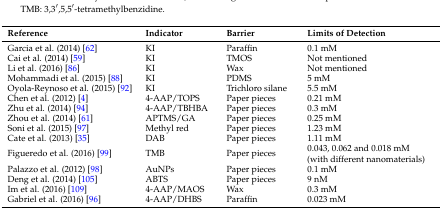
<table><thead><tr><td><b>Reference</b></td><td><b>Indicator</b></td><td><b>Barrier</b></td><td><b>Limits of Detection</b></td></tr></thead><tbody><tr><td>Garcia et al. (2014) [62]</td><td>KI</td><td>Paraffin</td><td>0.1 mM</td></tr><tr><td>Cai et al. (2014) [59]</td><td>KI</td><td>TMOS</td><td>Not mentioned</td></tr><tr><td>Li et al. (2016) [86]</td><td>KI</td><td>Wax</td><td>Not mentioned</td></tr><tr><td>Mohammadi et al. (2015) [88]</td><td>KI</td><td>PDMS</td><td>5 mM</td></tr><tr><td>Oyola-Reynoso et al. (2015) [92]</td><td>KI</td><td>Trichloro silane</td><td>5.5 mM</td></tr><tr><td>Chen et al. (2012) [4]</td><td>4-AAP/TOPS</td><td>Paper pieces</td><td>0.21 mM</td></tr><tr><td>Zhu et al. (2014) [94]</td><td>4-AAP/TBHBA</td><td>Paper pieces</td><td>0.3 mM</td></tr><tr><td>Zhou et al. (2014) [61]</td><td>APTMS/GA</td><td>Paper pieces</td><td>0.25 mM</td></tr><tr><td>Soni et al. (2015) [97]</td><td>Methyl red</td><td>Paper pieces</td><td>1.23 mM</td></tr><tr><td>Cate et al. (2013) [35]</td><td>DAB</td><td>Paper pieces</td><td>1.11 mM</td></tr><tr><td>Figueredo et al. (2016) [99]</td><td>TMB</td><td>Paper pieces</td><td>0.043, 0.062 and 0.018 mM (with different nanomaterials)</td></tr><tr><td>Palazzo et al. (2012) [98]</td><td>AuNPs</td><td>Paper pieces</td><td>0.1 mM</td></tr><tr><td>Deng et al. (2014) [105]</td><td>ABTS</td><td>Paper pieces</td><td>9 nM</td></tr><tr><td>Im et al. (2016) [109]</td><td>4-AAP/MAOS</td><td>Wax</td><td>0.3 mM</td></tr><tr><td>Gabriel et al. (2016) [96]</td><td>4-AAP/DHBS</td><td>Paraffin</td><td>0.023 mM</td></tr></tbody></table>